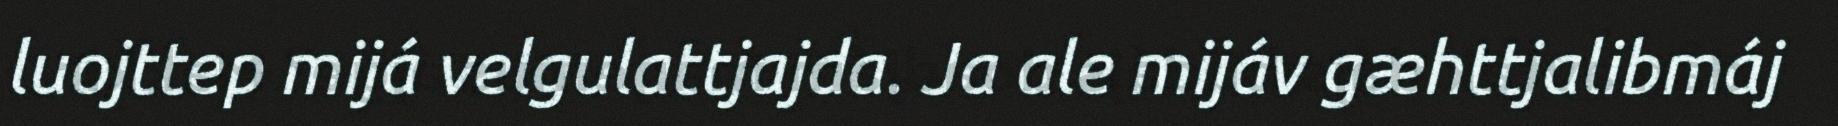
luojttep mijá velgulattjajda. Ja ale mijáv gæhttjalibmáj